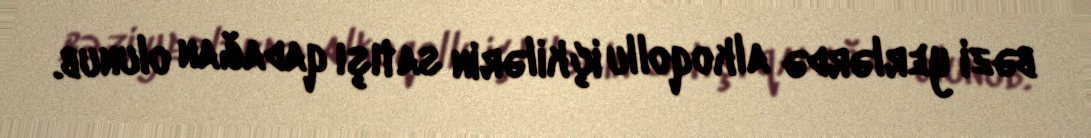
bəzi yerlərdə alkoqollu içkilərin satışı qadağan olunub.